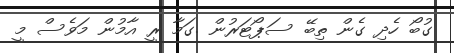
ގުބޯ ހެދި ގެން ތިބޭ ސަޕޯޓަރުން .ގަމާ ރީ އާމުން މަވެސް މީ